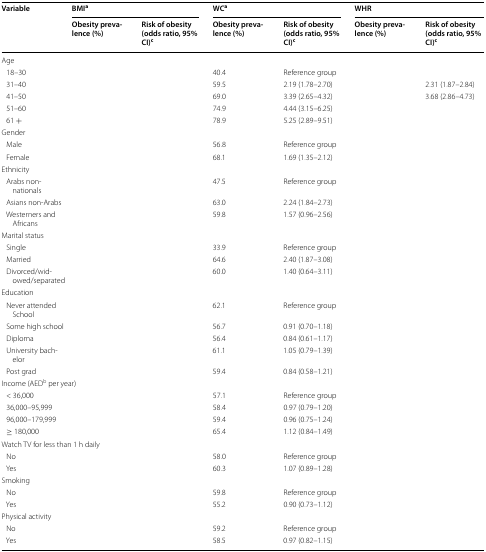
<table><thead><tr><td rowspan="2"><b>Variable</b></td><td colspan="2"><b>BMI<sup>a</sup></b></td><td colspan="2"><b>WC<sup>a</sup></b></td><td colspan="2"><b>WHR</b></td></tr><tr><td><b>Obesity prevalence (%)</b></td><td><b>Risk of obesity (odds ratio, 95% CI)<sup>c</sup></b></td><td><b>Obesity prevalence (%)</b></td><td><b>Risk of obesity (odds ratio, 95% CI)<sup>c</sup></b></td><td><b>Obesity prevalence (%)</b></td><td><b>Risk of obesity (odds ratio, 95% CI)<sup>c</sup></b></td></tr></thead><tbody><tr><td colspan="7">Age</td></tr><tr><td> 18–30</td><td>[EMPTY_CELL]</td><td>[EMPTY_CELL]</td><td>40.4</td><td>Reference group</td><td>[EMPTY_CELL]</td><td>[EMPTY_CELL]</td></tr><tr><td> 31–40</td><td>[EMPTY_CELL]</td><td>[EMPTY_CELL]</td><td>59.5</td><td>2.19 (1.78–2.70)</td><td>[EMPTY_CELL]</td><td>2.31 (1.87–2.84)</td></tr><tr><td> 41–50</td><td>[EMPTY_CELL]</td><td>[EMPTY_CELL]</td><td>69.0</td><td>3.39 (2.65–4.32)</td><td>[EMPTY_CELL]</td><td>3.68 (2.86–4.73)</td></tr><tr><td> 51–60</td><td>[EMPTY_CELL]</td><td>[EMPTY_CELL]</td><td>74.9</td><td>4.44 (3.15–6.25)</td><td>[EMPTY_CELL]</td><td>[EMPTY_CELL]</td></tr><tr><td> 61 +</td><td>[EMPTY_CELL]</td><td>[EMPTY_CELL]</td><td>78.9</td><td>5.25 (2.89–9.51)</td><td>[EMPTY_CELL]</td><td>[EMPTY_CELL]</td></tr><tr><td colspan="7">Gender</td></tr><tr><td> Male</td><td>[EMPTY_CELL]</td><td>[EMPTY_CELL]</td><td>56.8</td><td>Reference group</td><td>[EMPTY_CELL]</td><td>[EMPTY_CELL]</td></tr><tr><td> Female</td><td>[EMPTY_CELL]</td><td>[EMPTY_CELL]</td><td>68.1</td><td>1.69 (1.35–2.12)</td><td>[EMPTY_CELL]</td><td>[EMPTY_CELL]</td></tr><tr><td colspan="7">Ethnicity</td></tr><tr><td> Arabs non-nationals</td><td>[EMPTY_CELL]</td><td>[EMPTY_CELL]</td><td>47.5</td><td>Reference group</td><td>[EMPTY_CELL]</td><td>[EMPTY_CELL]</td></tr><tr><td> Asians non-Arabs</td><td>[EMPTY_CELL]</td><td>[EMPTY_CELL]</td><td>63.0</td><td>2.24 (1.84–2.73)</td><td>[EMPTY_CELL]</td><td>[EMPTY_CELL]</td></tr><tr><td> Westerners and Africans</td><td>[EMPTY_CELL]</td><td>[EMPTY_CELL]</td><td>59.8</td><td>1.57 (0.96–2.56)</td><td>[EMPTY_CELL]</td><td>[EMPTY_CELL]</td></tr><tr><td colspan="7">Marital status</td></tr><tr><td> Single</td><td>[EMPTY_CELL]</td><td>[EMPTY_CELL]</td><td>33.9</td><td>Reference group</td><td>[EMPTY_CELL]</td><td>[EMPTY_CELL]</td></tr><tr><td> Married</td><td>[EMPTY_CELL]</td><td>[EMPTY_CELL]</td><td>64.6</td><td>2.40 (1.87–3.08)</td><td>[EMPTY_CELL]</td><td>[EMPTY_CELL]</td></tr><tr><td> Divorced/widowed/separated</td><td>[EMPTY_CELL]</td><td>[EMPTY_CELL]</td><td>60.0</td><td>1.40 (0.64–3.11)</td><td>[EMPTY_CELL]</td><td>[EMPTY_CELL]</td></tr><tr><td colspan="7">Education</td></tr><tr><td> Never attended School</td><td>[EMPTY_CELL]</td><td>[EMPTY_CELL]</td><td>62.1</td><td>Reference group</td><td>[EMPTY_CELL]</td><td>[EMPTY_CELL]</td></tr><tr><td> Some high school</td><td>[EMPTY_CELL]</td><td>[EMPTY_CELL]</td><td>56.7</td><td>0.91 (0.70–1.18)</td><td>[EMPTY_CELL]</td><td>[EMPTY_CELL]</td></tr><tr><td> Diploma</td><td>[EMPTY_CELL]</td><td>[EMPTY_CELL]</td><td>56.4</td><td>0.84 (0.61–1.17)</td><td>[EMPTY_CELL]</td><td>[EMPTY_CELL]</td></tr><tr><td> University bachelor</td><td>[EMPTY_CELL]</td><td>[EMPTY_CELL]</td><td>61.1</td><td>1.05 (0.79–1.39)</td><td>[EMPTY_CELL]</td><td>[EMPTY_CELL]</td></tr><tr><td> Post grad</td><td>[EMPTY_CELL]</td><td>[EMPTY_CELL]</td><td>59.4</td><td>0.84 (0.58–1.21)</td><td>[EMPTY_CELL]</td><td>[EMPTY_CELL]</td></tr><tr><td colspan="7">Income (AED<sup>b</sup> per year)</td></tr><tr><td> &lt; 36,000</td><td>[EMPTY_CELL]</td><td>[EMPTY_CELL]</td><td>57.1</td><td>Reference group</td><td>[EMPTY_CELL]</td><td>[EMPTY_CELL]</td></tr><tr><td> 36,000–95,999</td><td>[EMPTY_CELL]</td><td>[EMPTY_CELL]</td><td>58.4</td><td>0.97 (0.79–1.20)</td><td>[EMPTY_CELL]</td><td>[EMPTY_CELL]</td></tr><tr><td> 96,000–179,999</td><td>[EMPTY_CELL]</td><td>[EMPTY_CELL]</td><td>59.4</td><td>0.96 (0.75–1.24)</td><td>[EMPTY_CELL]</td><td>[EMPTY_CELL]</td></tr><tr><td> ≥ 180,000</td><td>[EMPTY_CELL]</td><td>[EMPTY_CELL]</td><td>65.4</td><td>1.12 (0.84–1.49)</td><td>[EMPTY_CELL]</td><td>[EMPTY_CELL]</td></tr><tr><td colspan="7">Watch TV for less than 1 h daily</td></tr><tr><td> No</td><td>[EMPTY_CELL]</td><td>[EMPTY_CELL]</td><td>58.0</td><td>Reference group</td><td>[EMPTY_CELL]</td><td>[EMPTY_CELL]</td></tr><tr><td> Yes</td><td>[EMPTY_CELL]</td><td>[EMPTY_CELL]</td><td>60.3</td><td>1.07 (0.89–1.28)</td><td>[EMPTY_CELL]</td><td>[EMPTY_CELL]</td></tr><tr><td colspan="7">Smoking</td></tr><tr><td> No</td><td>[EMPTY_CELL]</td><td>[EMPTY_CELL]</td><td>59.8</td><td>Reference group</td><td>[EMPTY_CELL]</td><td>[EMPTY_CELL]</td></tr><tr><td> Yes</td><td>[EMPTY_CELL]</td><td>[EMPTY_CELL]</td><td>55.2</td><td>0.90 (0.73–1.12)</td><td>[EMPTY_CELL]</td><td>[EMPTY_CELL]</td></tr><tr><td colspan="7">Physical activity</td></tr><tr><td> No</td><td>[EMPTY_CELL]</td><td>[EMPTY_CELL]</td><td>59.2</td><td>Reference group</td><td>[EMPTY_CELL]</td><td>[EMPTY_CELL]</td></tr><tr><td> Yes</td><td>[EMPTY_CELL]</td><td>[EMPTY_CELL]</td><td>58.5</td><td>0.97 (0.82–1.15)</td><td>[EMPTY_CELL]</td><td>[EMPTY_CELL]</td></tr></tbody></table>